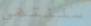
سننتهي